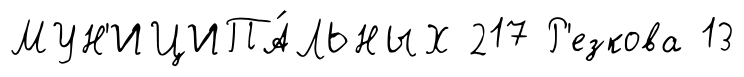
МУН'ИЦИПА́ЛЬНЫХ 217 Р'езкова 13